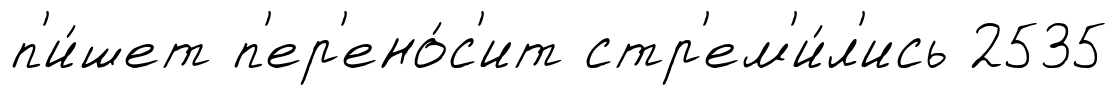
п'и́шет п'ер'ено́с'ит стр'ем'и́л'ись 2535